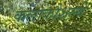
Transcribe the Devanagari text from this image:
कलाकौशल्ये